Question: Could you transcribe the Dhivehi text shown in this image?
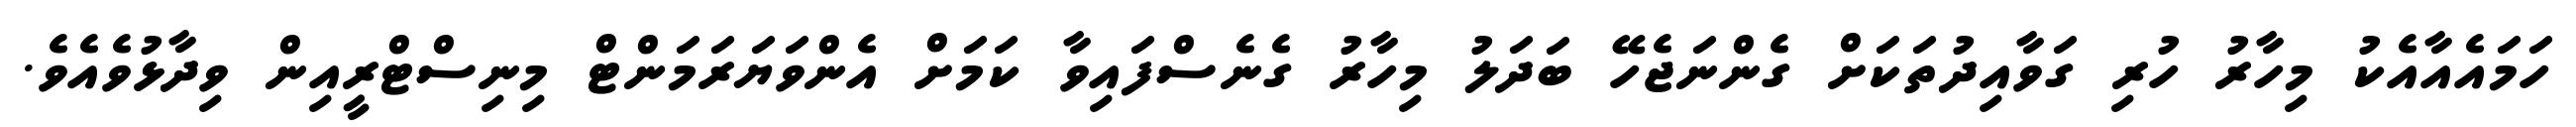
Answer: ހަމައެއާއެކު މިހާރު ހުރި ގަވާއިދުތަކަށް ގެންނަޖެހޭ ބަދަލު މިހާރު ގެނެސްފައިވާ ކަމަށް އެންވަޔަރަމަންޓް މިނިސްޓްރީއިން ވިދާޅުވެއެވެ.